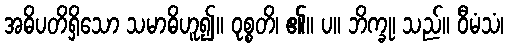
အဓိပတိရှိသော သမာဓိဟူ၍။ ဝုစ္စတိ၊ ၏။ ပ။ ဘိက္ခု၊ သည်။ ဝီမံသံ၊